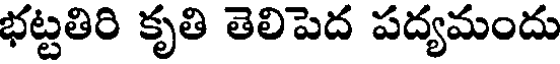
భట్టతిరి కృతి తెలిపెద పద్యమందు